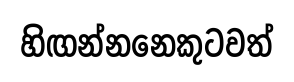
හිඟන්නනෙකුටවත්